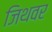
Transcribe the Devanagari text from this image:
जिथवर